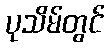
ပုသိမ်တွင်